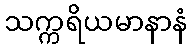
သက္ကရိယမာနာနံ